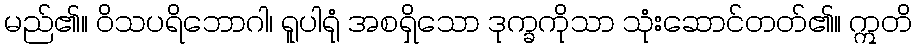
မည်၏။ ဝိသပရိဘောဂါ၊ ရူပါရုံ အစရှိသော ဒုက္ခကိုသာ သုံးဆောင်တတ်၏။ ဣတိ